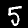
Label: 5